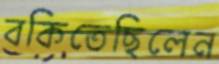
বকিতেছিলেন